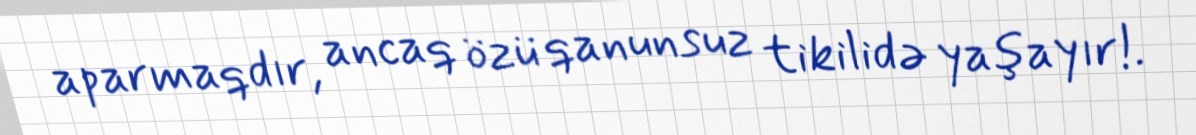
aparmaqdır, ancaq özü qanunsuz tikilidə yaşayır!.